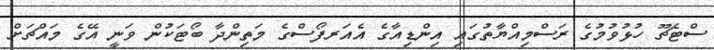
ސްޓެޗޫ ހުޅުވުމުގެ ރަސްމިއްޔާތުގައި އިންޑިއާގެ އެއަރފޯސްގެ މަތިންދާ ބޯޓަކުން ވަނީ އޭގެ މައްޗަށް